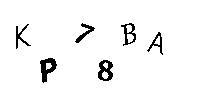
KP78BA